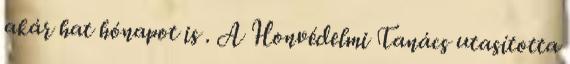
akár hat hónapot is . A Honvédelmi Tanács utasította